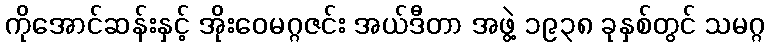
ကိုအောင်ဆန်းနှင့် အိုးဝေမဂ္ဂဇင်း အယ်ဒီတာ အဖွဲ့ ၁၉၃၈ ခုနှစ်တွင် သမဂ္ဂ